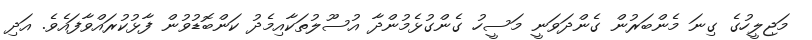
މަޖިލީހުގެ ގިނަ މެންބަރުން ގެންދަަވަނީ މަސީހު ގެންގުޅެމުންދާ އުސޫލުތަކާއިމެދު ކަންބޮޑުވުން ފާޅުކުރައްވާފައެވެ. އަދި